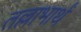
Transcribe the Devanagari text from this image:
तल्लाभार्थं